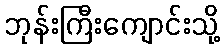
ဘုန်းကြီးကျောင်းသို့